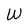
Character: W